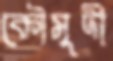
কৌমুদী